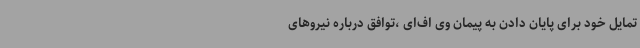
تمایل خود برای پایان دادن به پیمان وی اف‌ای ،توافق درباره نیروهای